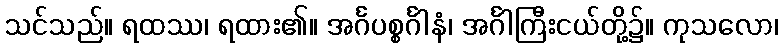
သင်သည်။ ရထဿ၊ ရထား၏။ အင်္ဂပစ္စင်္ဂါနံ၊ အင်္ဂါကြီးငယ်တို့၌။ ကုသလော၊